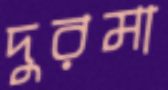
দুরমা